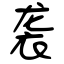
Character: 袭